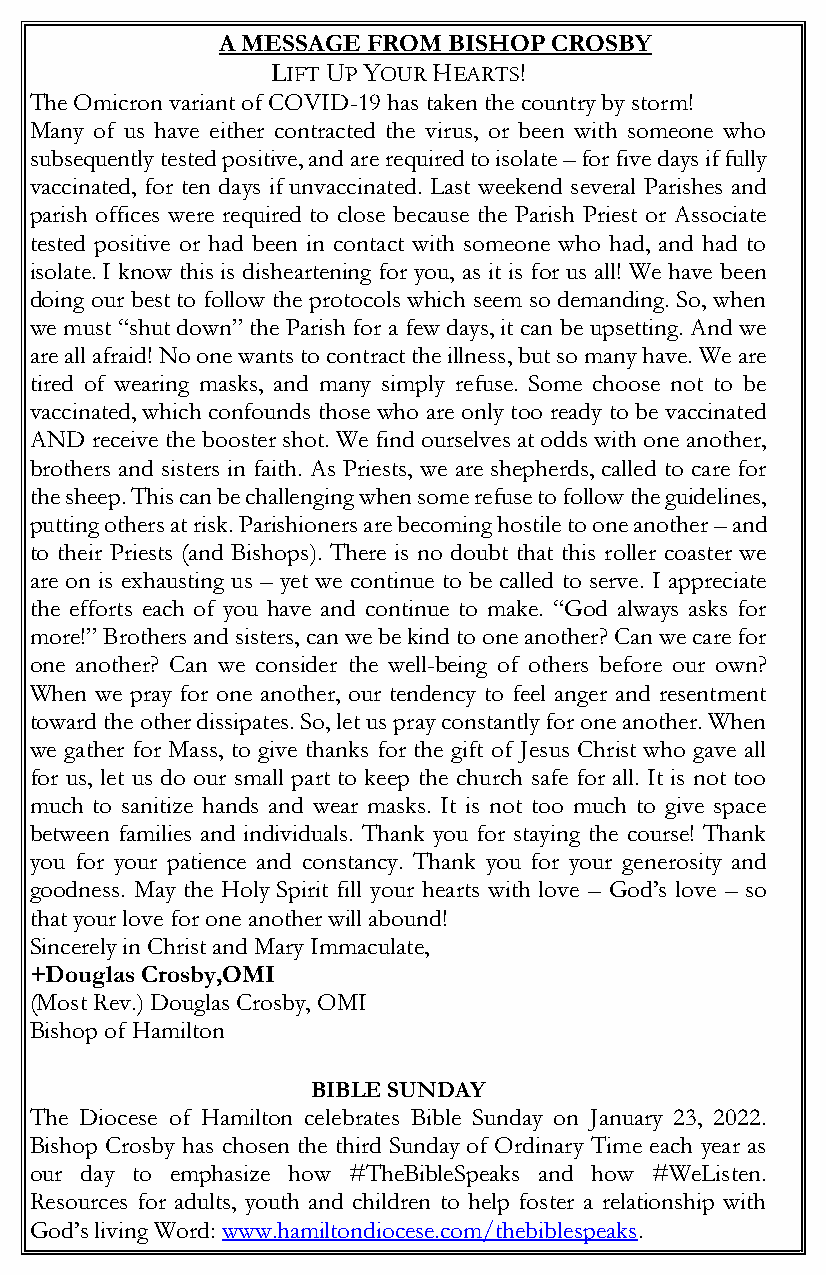
A MESSAGE FROM BISHOP CROSBY
 LIFT UP YOUR HEARTS!
 The Omicron variant of COVID-19 has taken the country by storm!
 Many of us have either contracted the virus, or been with someone who
 subsequently tested positive, and are required to isolate – for five days if fully
 vaccinated, for ten days if unvaccinated. Last weekend several Parishes and
 parish offices were required to close because the Parish Priest or Associate
 tested positive or had been in contact with someone who had, and had to
 isolate. I know this is disheartening for you, as it is for us all! We have been
 doing our best to follow the protocols which seem so demanding. So, when
 we must “shut down” the Parish for a few days, it can be upsetting. And we
 are all afraid! No one wants to contract the illness, but so many have. We are
 tired of wearing masks, and many simply refuse. Some choose not to be
 vaccinated, which confounds those who are only too ready to be vaccinated
 AND receive the booster shot. We find ourselves at odds with one another,
 brothers and sisters in faith. As Priests, we are shepherds, called to care for
 the sheep. This can be challenging when some refuse to follow the guidelines,
 putting others at risk. Parishioners are becoming hostile to one another – and
 to their Priests (and Bishops). There is no doubt that this roller coaster we
 are on is exhausting us – yet we continue to be called to serve. I appreciate
 the efforts each of you have and continue to make. “God always asks for
 more!” Brothers and sisters, can we be kind to one another? Can we care for
 one another? Can we consider the well-being of others before our own?
 When we pray for one another, our tendency to feel anger and resentment
 toward the other dissipates. So, let us pray constantly for one another. When
 we gather for Mass, to give thanks for the gift of Jesus Christ who gave all
 for us, let us do our small part to keep the church safe for all. It is not too
 much to sanitize hands and wear masks. It is not too much to give space
 between families and individuals. Thank you for staying the course! Thank
 you for your patience and constancy. Thank you for your generosity and
 goodness. May the Holy Spirit fill your hearts with love – God’s love – so
 that your love for one another will abound!
 Sincerely in Christ and Mary Immaculate,
 +Douglas Crosby,OMI
 (Most Rev.) Douglas Crosby, OMI
 Bishop of Hamilton
 BIBLE SUNDAY
 The Diocese of Hamilton celebrates Bible Sunday on January 23, 2022.
 Bishop Crosby has chosen the third Sunday of Ordinary Time each year as
 our day to emphasize how #TheBibleSpeaks and how #WeListen.
 Resources for adults, youth and children to help foster a relationship with
 God’s living Word: www.hamiltondiocese.com/thebiblespeaks.